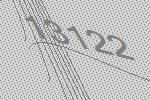
13122